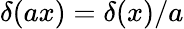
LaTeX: \delta(ax)=\delta(x)/a